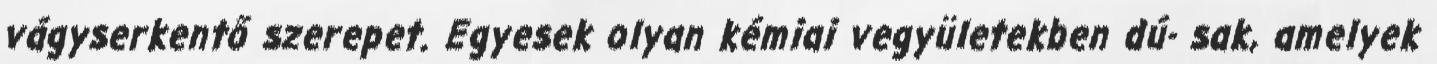
vágyserkentő szerepet. Egyesek olyan kémiai vegyületekben dú- sak, amelyek